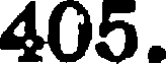
405.